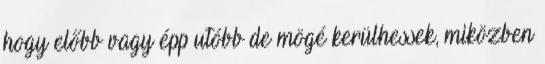
hogy előbb vagy épp utóbb de mögé kerülhessek, miközben